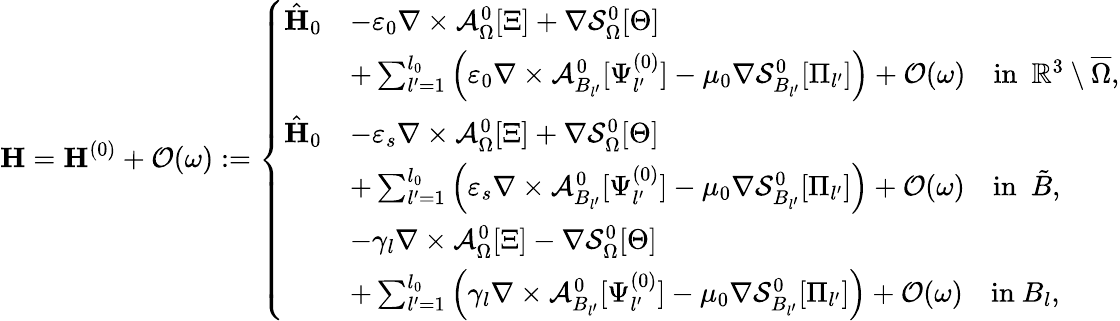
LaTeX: \mathbf{H}=\mathbf{H}^{(0)}+\mathcal{O}(\omega):=\left\{ \begin{array}{rl}{\hat{\mathbf{H}}_{0}}&{-\varepsilon_{0}\nabla\times\mathcal{A}_{\Omega}^{0}[\Xi]+\nabla\mathcal{S}_{\Omega}^{0}[\Theta]}\\ &{+\sum_{l^{\prime}=1}^{l_{0}}\Big(\varepsilon_{0}\nabla\times\mathcal{A}_{B_{l^{\prime}}}^{0}[\Psi_{l^{\prime}}^{(0)}]-\mu_{0}\nabla\mathcal{S}_{B_{l^{\prime}}}^{0}[\Pi_{l^{\prime}}]\Big)+\mathcal{O}(\omega)\quad\mathrm{in}\ \ \mathbb{R}^{3}\setminus\overline{{\Omega}},}\\ {\hat{\mathbf{H}}_{0}}&{-\varepsilon_{s}\nabla\times\mathcal{A}_{\Omega}^{0}[\Xi]+\nabla\mathcal{S}_{\Omega}^{0}[\Theta]}\\ &{+\sum_{l^{\prime}=1}^{l_{0}}\Big(\varepsilon_{s}\nabla\times\mathcal{A}_{B_{l^{\prime}}}^{0}[\Psi_{l^{\prime}}^{(0)}]-\mu_{0}\nabla\mathcal{S}_{B_{l^{\prime}}}^{0}[\Pi_{l^{\prime}}]\Big)+\mathcal{O}(\omega)\quad\mathrm{in}\ \ \tilde{B},}\\ &{-\gamma_{l}\nabla\times\mathcal{A}_{\Omega}^{0}[\Xi]-\nabla\mathcal{S}_{\Omega}^{0}[\Theta]}\\ &{+\sum_{l^{\prime}=1}^{l_{0}}\Big(\gamma_{l}\nabla\times\mathcal{A}_{B_{l^{\prime}}}^{0}[\Psi_{l^{\prime}}^{(0)}]-\mu_{0}\nabla\mathcal{S}_{B_{l^{\prime}}}^{0}[\Pi_{l^{\prime}}]\Big)+\mathcal{O}(\omega)\quad\mathrm{in}\ B_{l},}\end{array}\right.